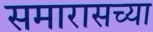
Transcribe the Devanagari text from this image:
समारासच्या